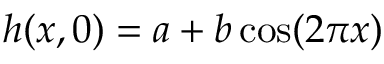
h ( x , 0 ) = a + b \cos ( 2 \pi x )